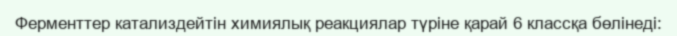
Ферменттер катализдейтін химиялық реакциялар түріне қарай 6 классқа бөлінеді: